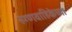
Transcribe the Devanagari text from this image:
रुग्णवाहिकेच्या